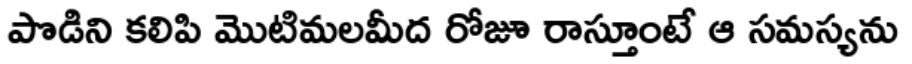
పొడిని కలిపి మొటిమలమీద రోజూ రాస్తూంటే ఆ సమస్యను